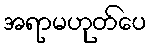
အရာမဟုတ်ပေ